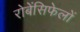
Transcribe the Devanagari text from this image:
रोबेंसिफेलों